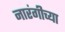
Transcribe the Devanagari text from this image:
नारंगीच्या